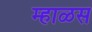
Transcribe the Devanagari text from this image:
म्हाळस